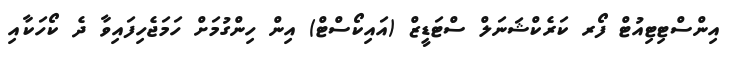
އިންސްޓިޓިއުޓް ފޯރ ކަރެކްޝަނަލް ސްޓަޑީޒް (އައިކޯސްޓް) އިން ހިންގުމަށް ހަމަޖެހިފައިވާ ދެ ކޯހަކާއި